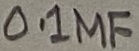
Text: 0.1µF